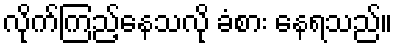
လိုက်ကြည့်နေသလို ခံစား နေရသည်။